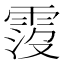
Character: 𩃁